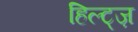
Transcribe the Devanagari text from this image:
हिल्ट्ज़